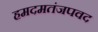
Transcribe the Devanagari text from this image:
हमदमतंजपवद